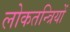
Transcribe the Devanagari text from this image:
लोकतन्त्रियों